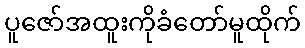
ပူဇော်အထူးကိုခံတော်မူထိုက်